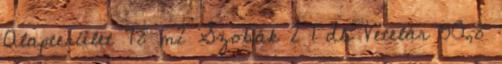
Alapterület 78 m2 Szobák 2 1 db Vételár 50,8